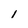
Character: 1